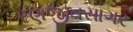
રણજીતસાગર